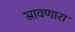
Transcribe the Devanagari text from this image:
स्रावणारा